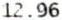
12.96